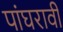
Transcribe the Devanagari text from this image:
पांघरावी